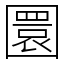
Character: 圜